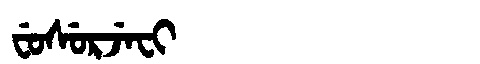
Manchu: ᠸᡠᠰᡠᡵᠵᡝᠸᡳ
Romanization: FUSURJEFI